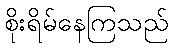
စိုးရိမ်နေကြသည်